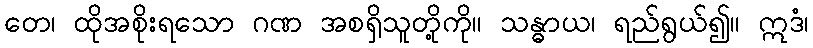
တေ၊ ထိုအစိုးရသော ဂဏ အစရှိသူတို့ကို။ သန္ဓာယ၊ ရည်ရွယ်၍။ ဣဒံ၊